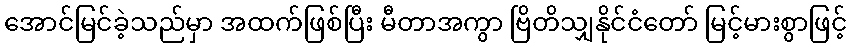
အောင်မြင်ခဲ့သည်မှာ အထက်ဖြစ်ပြီး မီတာအကွာ ဗြိတိသျှနိုင်ငံတော် မြင့်မားစွာဖြင့်